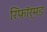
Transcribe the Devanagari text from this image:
रिफॉर्मड